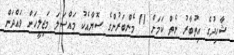
ޝާހިދުގެ އިތުބާރު ނެތް ކަމަށް 11 މެންބަރުންގެ ސޮޔާއެކު މައްސަލަ މަޖިލީހަށް ވައްދަން